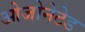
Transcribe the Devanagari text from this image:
ओजोनेटेड